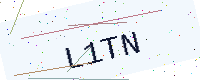
Text: L1TN